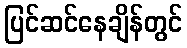
ပြင်ဆင်နေချိန်တွင်